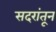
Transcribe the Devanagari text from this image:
सदरांतून